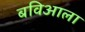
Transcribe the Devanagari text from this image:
बविआला